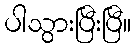
ပါသွားပြီးပြီ။